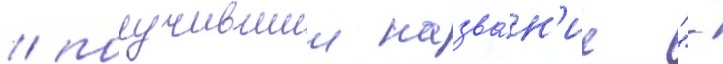
/ получившии назва́н'ие "-